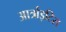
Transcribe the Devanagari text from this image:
आर्त्राइटिस